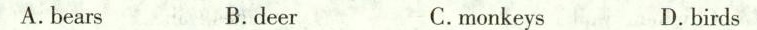
A.bears B.deer C.monkeys D.birds